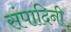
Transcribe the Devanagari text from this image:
संपादिनी